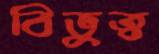
বিভুত্ব